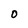
Character: 0